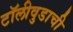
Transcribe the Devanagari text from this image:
टॉलीवुडाची